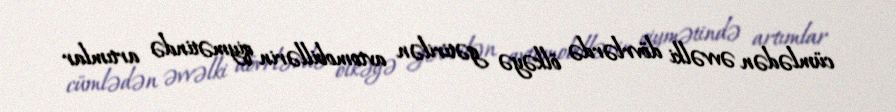
cümlədən əvvəlki dövrlərdə ölkəyə gətirilən avtomobillərin qiymətində artımlar